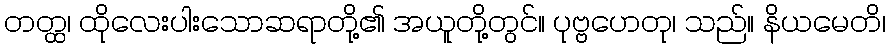
တတ္ထ၊ ထိုလေးပါးသောဆရာတို့၏ အယူတို့တွင်။ ပုဗ္ဗဟေတု၊ သည်။ နိယမေတိ၊